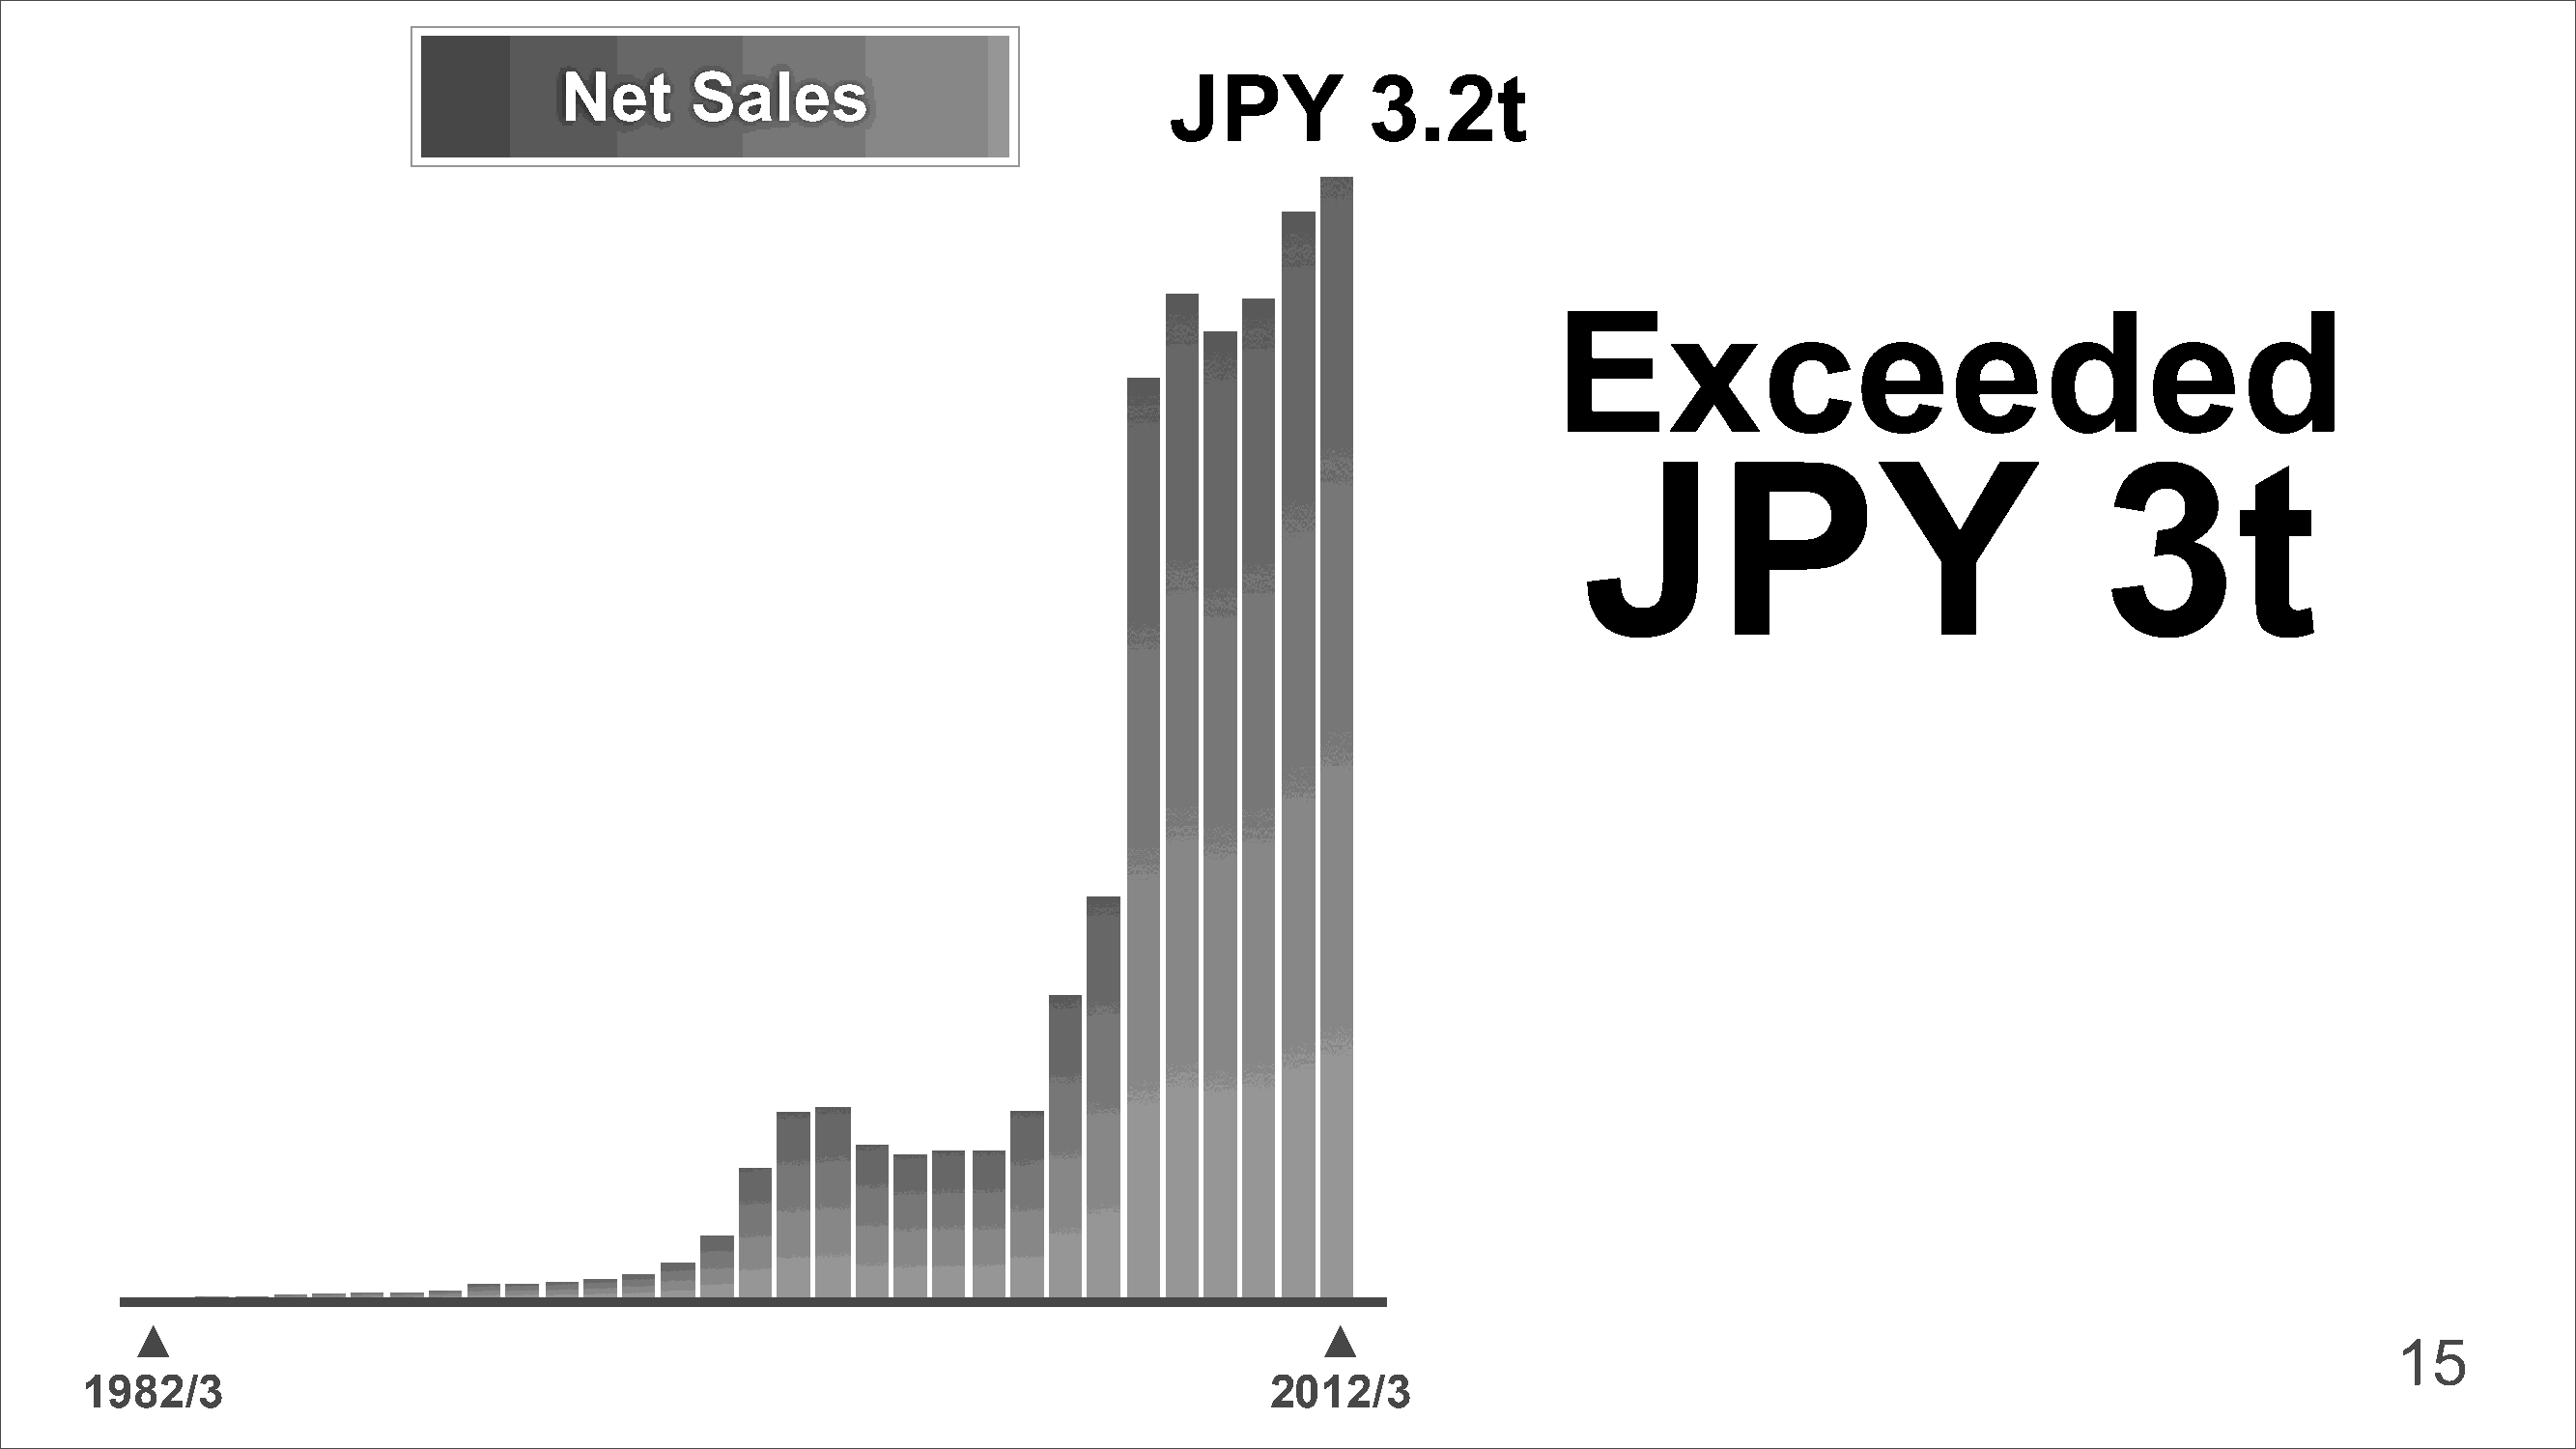
Net      Sales                            JPY           3.2t
 Exceeded
 JPY                                3t
 ▲                                                                                ▲
 15
 1982/3                                                                           2012/3